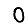
Digit: 0